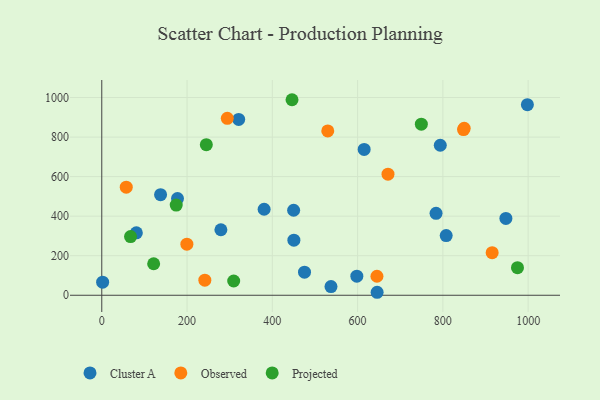
{"axis": {"x": "Engine Size", "y": "Demand"}, "legend": ["Cluster A", "Observed", "Projected"], "data": [{"x": "947.8", "y": 388.6, "type": "Cluster A"}, {"x": "645.8", "y": 15.1, "type": "Cluster A"}, {"x": "615.4", "y": 737.4, "type": "Cluster A"}, {"x": "321.1", "y": 889.5, "type": "Cluster A"}, {"x": "793.9", "y": 758.7, "type": "Cluster A"}, {"x": "177.6", "y": 488.9, "type": "Cluster A"}, {"x": "807.8", "y": 302.1, "type": "Cluster A"}, {"x": "2.0", "y": 66.0, "type": "Cluster A"}, {"x": "475.5", "y": 116.8, "type": "Cluster A"}, {"x": "450.0", "y": 429.9, "type": "Cluster A"}, {"x": "784.0", "y": 414.3, "type": "Cluster A"}, {"x": "598.2", "y": 96.3, "type": "Cluster A"}, {"x": "380.8", "y": 434.9, "type": "Cluster A"}, {"x": "537.6", "y": 43.8, "type": "Cluster A"}, {"x": "450.6", "y": 278.8, "type": "Cluster A"}, {"x": "137.9", "y": 508.5, "type": "Cluster A"}, {"x": "81.1", "y": 315.6, "type": "Cluster A"}, {"x": "998.2", "y": 963.9, "type": "Cluster A"}, {"x": "279.4", "y": 331.4, "type": "Cluster A"}, {"x": "671.3", "y": 612.5, "type": "Observed"}, {"x": "199.6", "y": 258.3, "type": "Observed"}, {"x": "915.6", "y": 215.6, "type": "Observed"}, {"x": "241.7", "y": 76.4, "type": "Observed"}, {"x": "850.0", "y": 844.1, "type": "Observed"}, {"x": "294.4", "y": 895.0, "type": "Observed"}, {"x": "645.4", "y": 96.1, "type": "Observed"}, {"x": "530.0", "y": 831.1, "type": "Observed"}, {"x": "848.4", "y": 837.7, "type": "Observed"}, {"x": "57.4", "y": 546.5, "type": "Observed"}, {"x": "749.5", "y": 865.4, "type": "Projected"}, {"x": "309.4", "y": 72.1, "type": "Projected"}, {"x": "975.0", "y": 139.6, "type": "Projected"}, {"x": "174.6", "y": 456.2, "type": "Projected"}, {"x": "67.5", "y": 297.0, "type": "Projected"}, {"x": "121.7", "y": 159.4, "type": "Projected"}, {"x": "245.2", "y": 761.7, "type": "Projected"}, {"x": "446.2", "y": 988.9, "type": "Projected"}]}